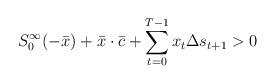
LaTeX: \begin{align*}S_0^\infty(-\bar x) + \bar x\cdot \bar c + \sum_{t=0}^{T-1} x_t\Delta s_{t+1}>0\end{align*}